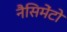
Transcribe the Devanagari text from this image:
नैसिमेंटो